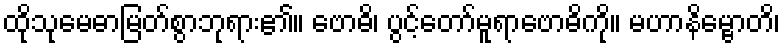
ထိုသုမေဓာမြတ်စွာဘုရား၏။ ဗောဓိ၊ ပွင့်တော်မူရာဗောဓိကို။ မဟာနိမ္ဗောတိ၊